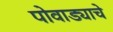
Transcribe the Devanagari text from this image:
पोवाड्याचे